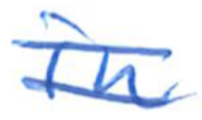
Text: in
Cross-out: double-line
Writing tool: ballpoint